Anatomy and histology of ticks - Number 23
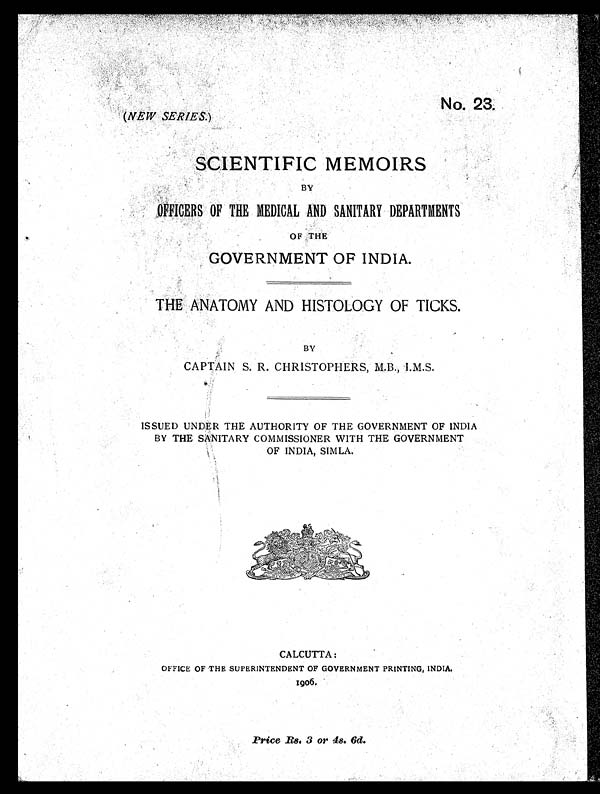
No. 23
.
(NEW SERIES. )
SCIENTIFIC MEMOIRS
BY
OFFICERS OF THE MEDICAL AND SANITARY DEPARTMENTS
OF THE
GOVERNMENT OF INDIA.
THE ANATOMY AND HISTOLOGY OF TICKS.
BY
CAPTAIN S. R. CHRISTOPHERS, M.B., I.M.S.
ISSUED UNDER THE AUTHORITY OF THE GOVERNMENT OF INDIA
BY THE SANITARY COMMISSIONER WITH THE GOVERNMENT
OF INDIA, SIMLA.
CALCUTTA:
OFFICE OF THE SUPERINTENDENT OF GOVERNMENT PRINTING, INDIA.
1906.
Price Rs. 3 or 4s. 6d.